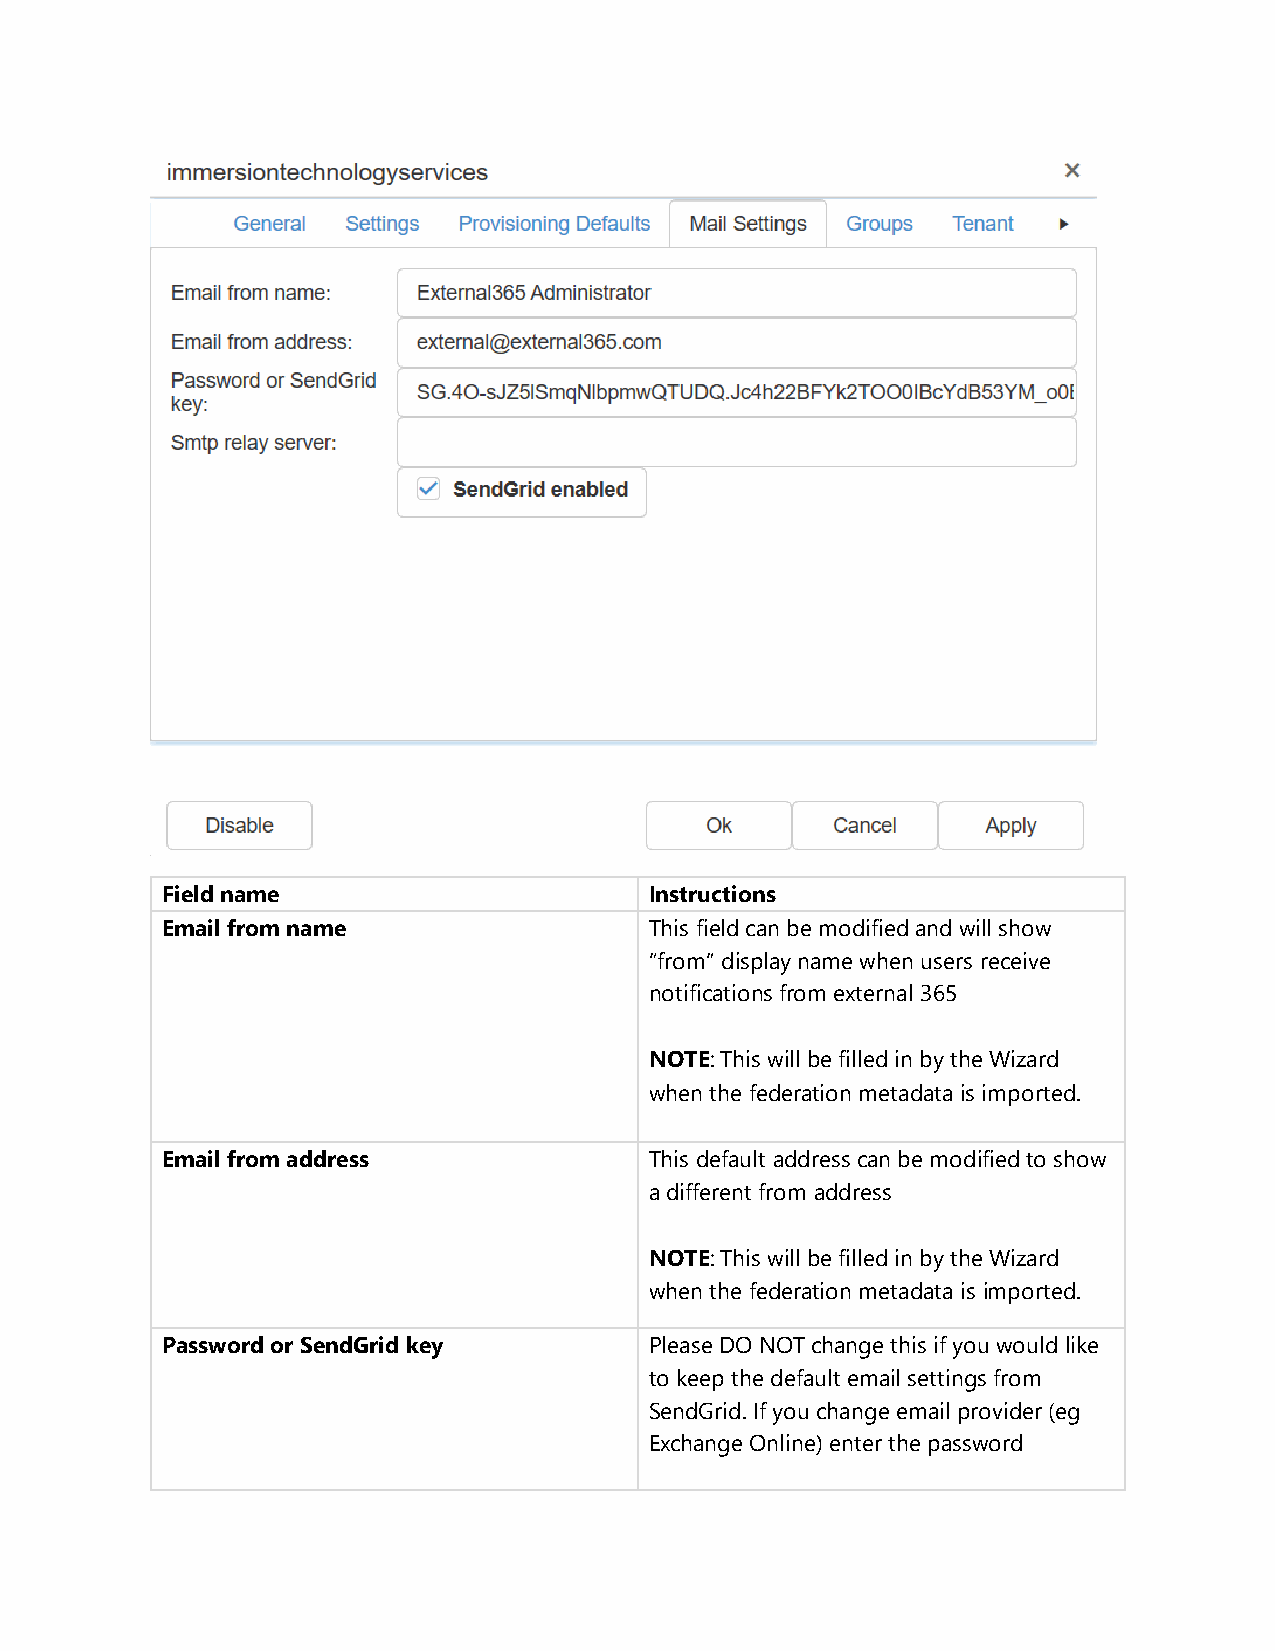
Field name                      Instructions
 Email from name                 This field can be modified and will show
 “from” display name when users receive
 notifications from external 365
 NOTE: This will be filled in by the Wizard
 when the federation metadata is imported.
 Email from address              This default address can be modified to show
 a different from address
 NOTE: This will be filled in by the Wizard
 when the federation metadata is imported.
 Password or SendGrid key        Please DO NOT change this if you would like
 to keep the default email settings from
 SendGrid. If you change email provider (eg
 Exchange Online) enter the password